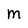
Character: M